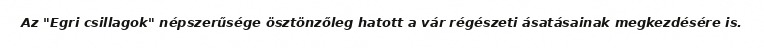
Az "Egri csillagok" népszerűsége ösztönzőleg hatott a vár régészeti ásatásainak megkezdésére is.